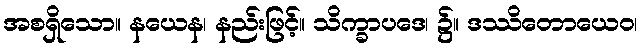
အစရှိသော။ နယေန၊ နည်းဖြင့်။ သိက္ခာပဒေ၊ ၌။ ဒဿိတောယေဝ၊